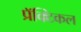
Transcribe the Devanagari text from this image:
प्रॅक्टिकल